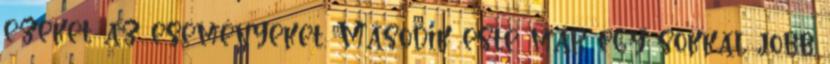
ezeket az eseményeket. Második este már egy sokkal jobb